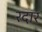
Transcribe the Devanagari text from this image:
रदार